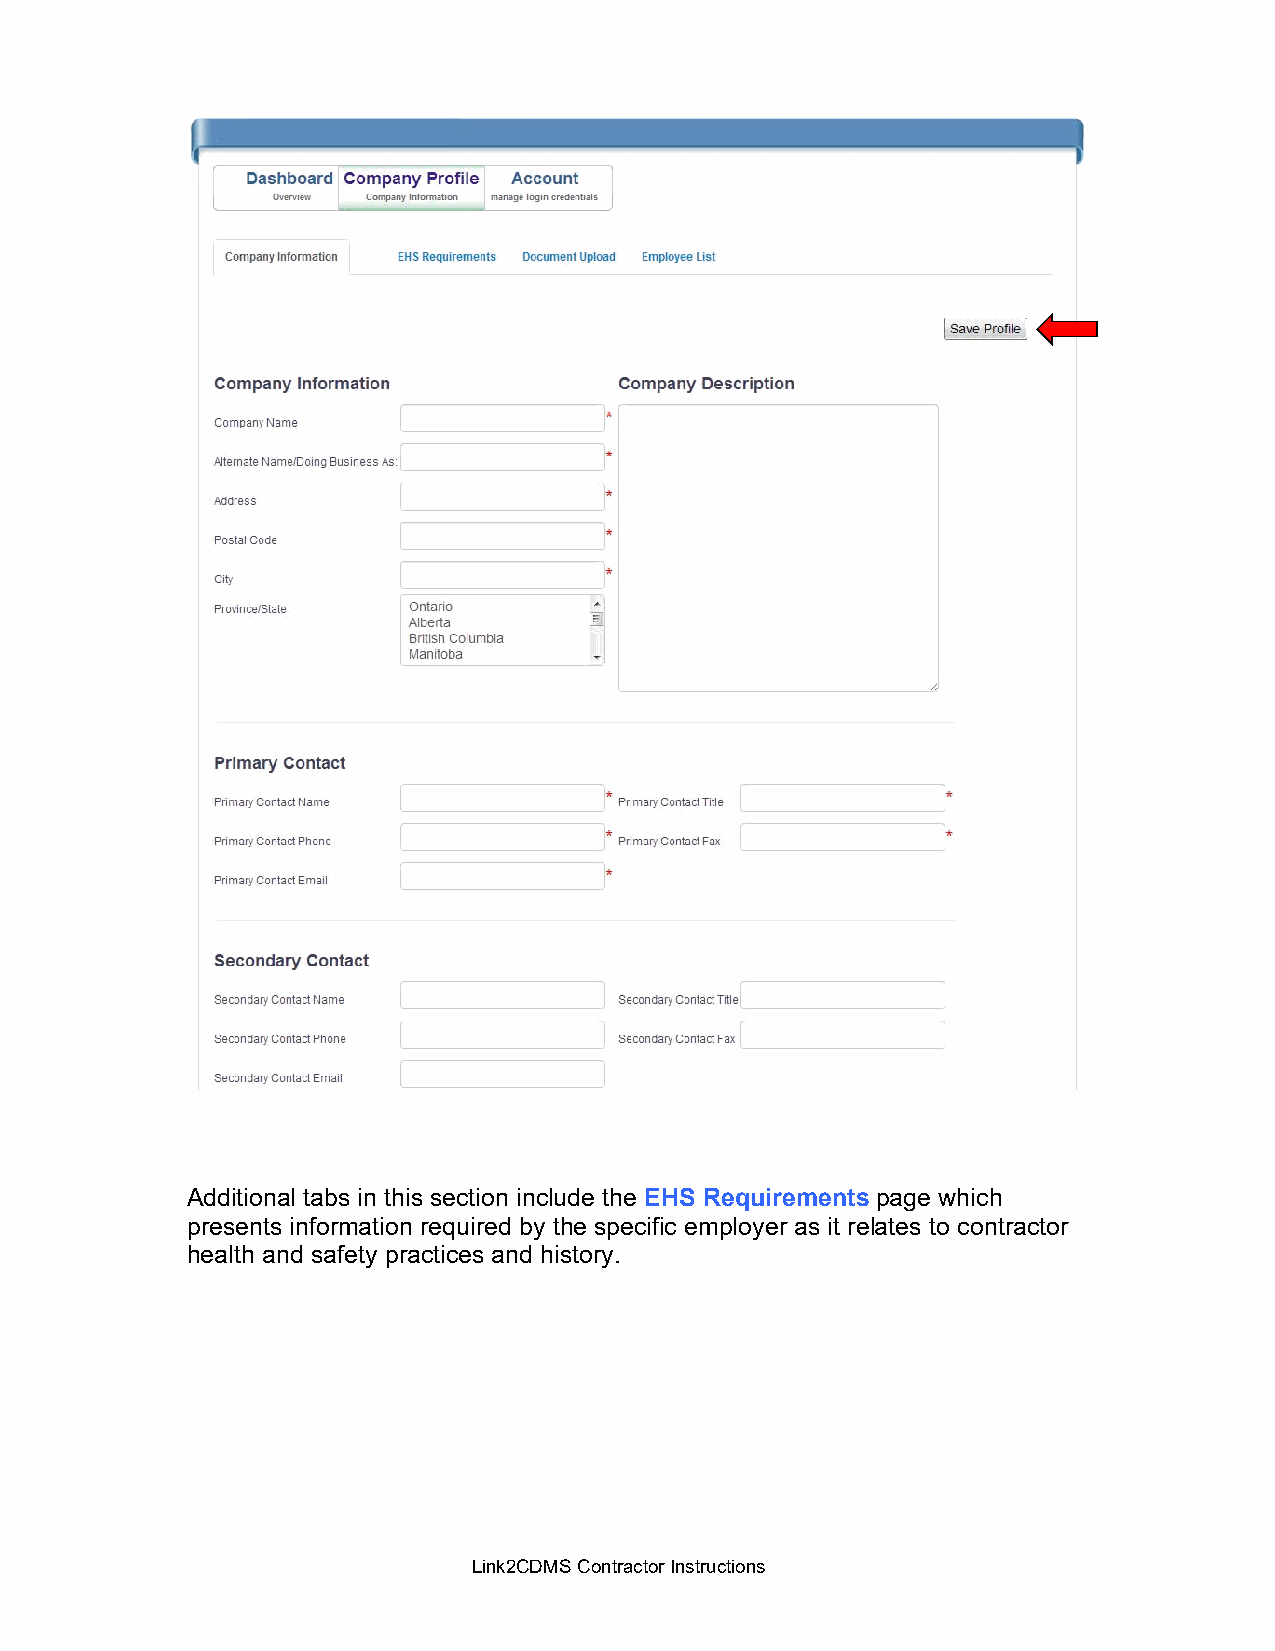
Additional tabs in this section include the EHS Requirements page which
 presents information required by the specific employer as it relates to contractor
 health and safety practices and history.
 Link2CDMS Contractor Instructions